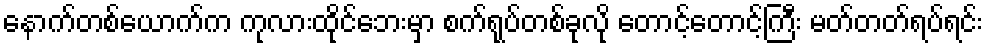
နောက်တစ်ယောက်က ကုလားထိုင်ဘေးမှာ စက်ရုပ်တစ်ခုလို တောင့်တောင့်ကြီး မတ်တတ်ရပ်ရင်း